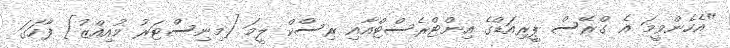
"އެހެންވީމަ އެ ގްރޭސް ޕީރިއަޑްގެ އިންޓްރެސްޓްއާއި ރިސްކް ލީމަ [މިނިސްޓަރު މުއިއްޒު] ފާހަގަ